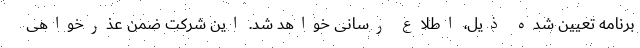
برنامه تعیین شده ذیل، اطلاع رسانی خواهد شد. این شرکت ضمن عذرخواهی